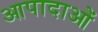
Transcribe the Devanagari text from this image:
आपादाओं